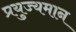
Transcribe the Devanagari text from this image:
प्रयुज्यमान